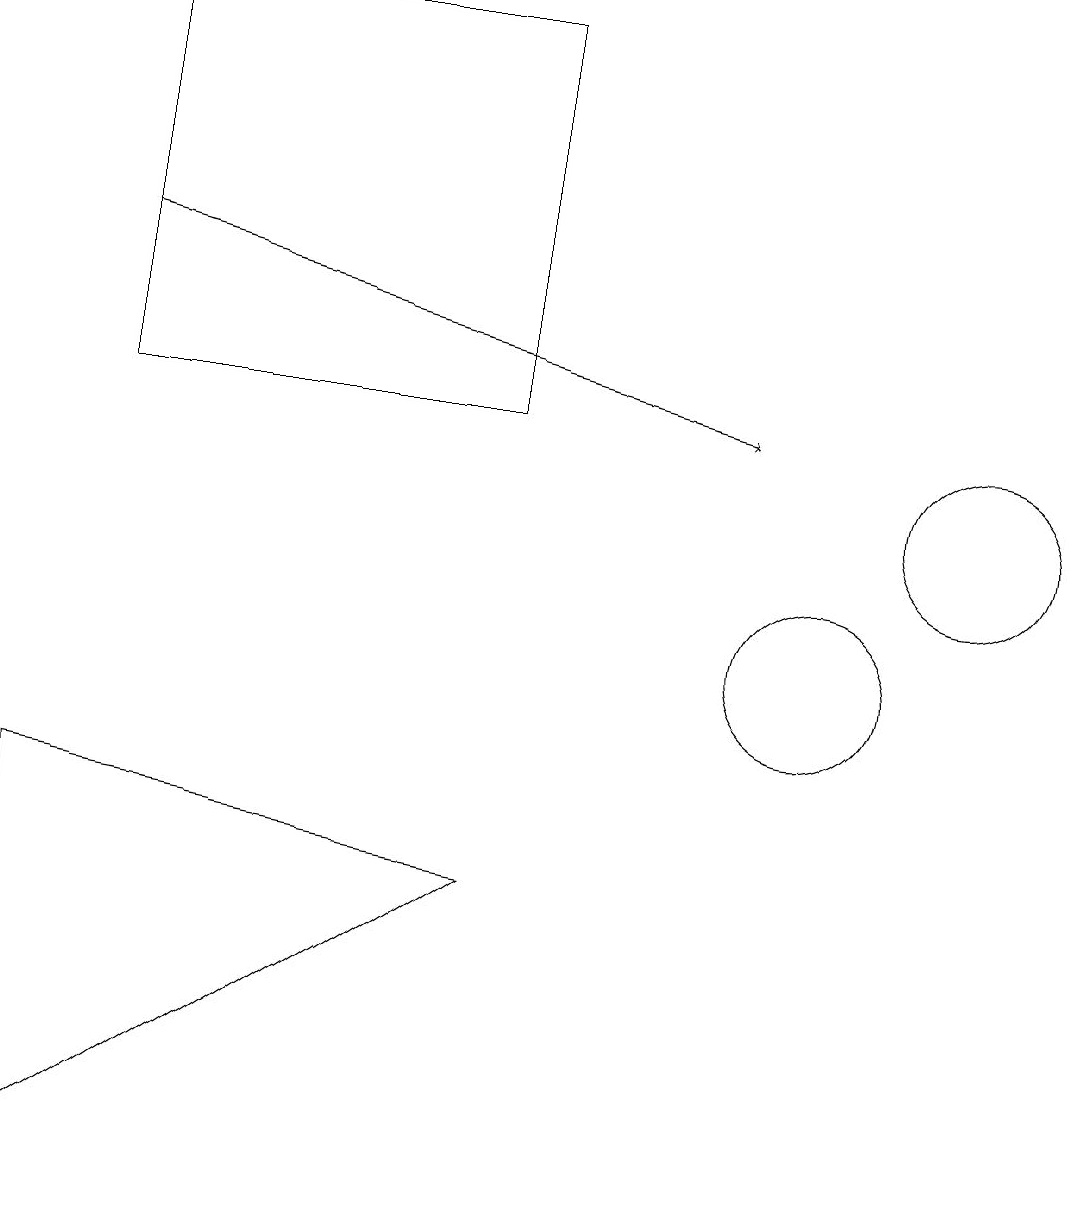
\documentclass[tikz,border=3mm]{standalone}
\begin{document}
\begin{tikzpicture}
\draw (12,12) circle (1);
\draw (10,10) circle (1);
\draw[->] (1,15) -- (9,13);
\draw (6,7) -- (0,8) -- (0,3) -- cycle;
\draw (6,13) rectangle (1,18);
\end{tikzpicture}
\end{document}